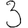
Digit: 3